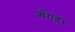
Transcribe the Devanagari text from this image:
अँगड़ा